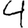
Digit: 4